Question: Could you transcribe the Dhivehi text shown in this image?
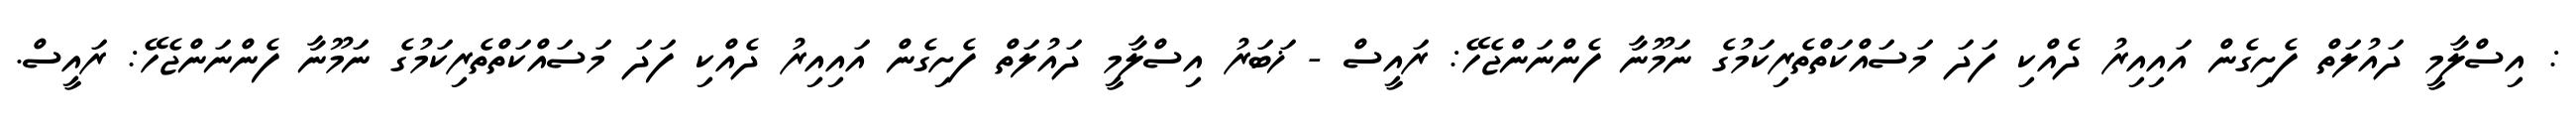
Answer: : އިސްލާމީ ދައުލަތް ފެށިގެން އައިއިރު ދެއްކި ފަދަ މަސައްކަތްތެރިކަމުގެ ނަމޫނާ ފެންނަންޖެހޭ: ރައީސް - ޚަބަރު އިސްލާމީ ދައުލަތް ފެށިގެން އައިއިރު ދެއްކި ފަދަ މަސައްކަތްތެރިކަމުގެ ނަމޫނާ ފެންނަންޖެހޭ: ރައީސް.